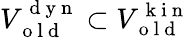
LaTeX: V_{\mathrm{~o~l~d~}}^{\mathrm{~d~y~n~}}\subset V_{\mathrm{~o~l~d~}}^{\mathrm{~k~i~n~}}